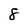
Character: 8